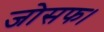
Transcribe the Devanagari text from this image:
जोसफ।